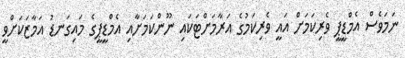
ނަމަވެސް އެމްޑީޕީ ވެރިކަމަށް އައީ ވެރިކަމުގެ އަރާމަށްޓަކައި ނޫންކަމަށާއި އެމްޑީޕީގެ މައިގަނޑު އަމާޒަކަށްވީ